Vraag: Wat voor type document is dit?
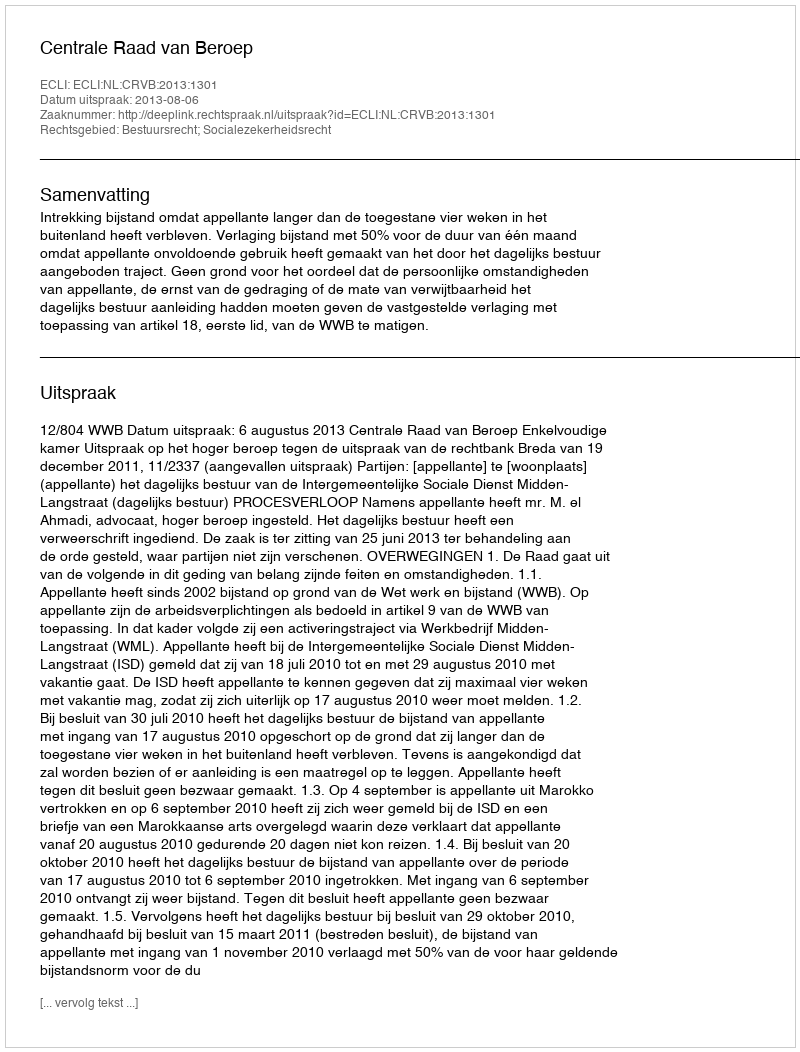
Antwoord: Uitspraak